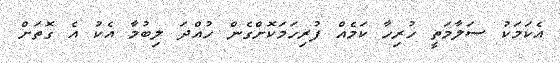
އެކަމަކު ސަލާމަތީ ހުރިހާ ކަމެއް ފުރިހަމަކޮށްގެން ހުއްދަ ލިބުމާ އެކު އެ ގޮތަށް